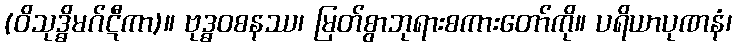
(ဝိသုဒ္ဓိမဂ်ဋီကာ)။ ဗုဒ္ဓဝစနဿ၊ မြတ်စွာဘုရားစကားတော်ကို။ ပရိယာပုဏနံ၊